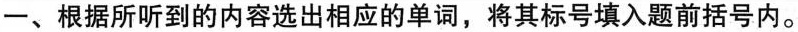
一、根据所听到的内容选出相应的单词,将其标号填入题前括号内。